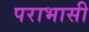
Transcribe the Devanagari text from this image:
पराभासी